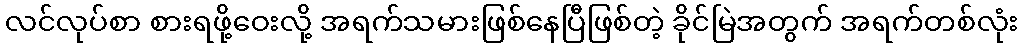
လင်လုပ်စာ စားရဖို့ဝေးလို့ အရက်သမားဖြစ်နေပြီဖြစ်တဲ့ ခိုင်မြဲအတွက် အရက်တစ်လုံး